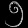
Digit: ၅